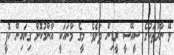
ލޭ ނާރުތަކުގެ ސީއޭސީ ރީޑިން ދަށެވެ. މީގެ މާނައަކީ އާންމުކޮށް ގިނައިން ކޮފީ